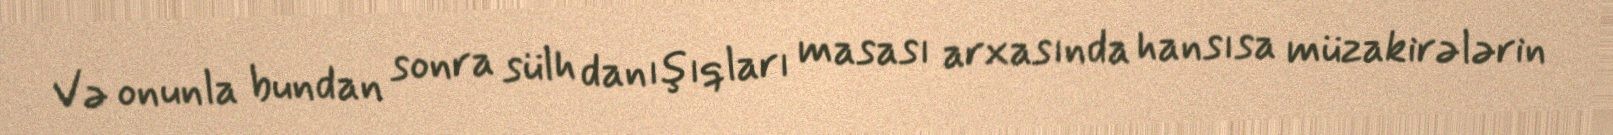
Və onunla bundan sonra sülh danışıqları masası arxasında hansısa müzakirələrin